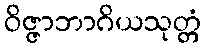
ဝိဇ္ဇာဘာဂိယသုတ္တံ